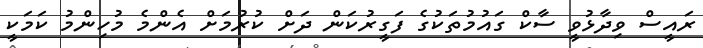
ރައީސް ވިދާޅުވީ ސާކް ގައުމުތަކުގެ ފަގީރުކަން ދަށް ކުރުމަށް އެންމެ މުހިންމު ކަމަކީ